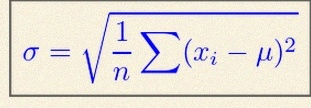
\sigma=\sqrt{\frac1n\sum(x_i-\mu)^2}